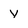
Character: y